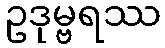
ဥဒုမ္ဗရဿ